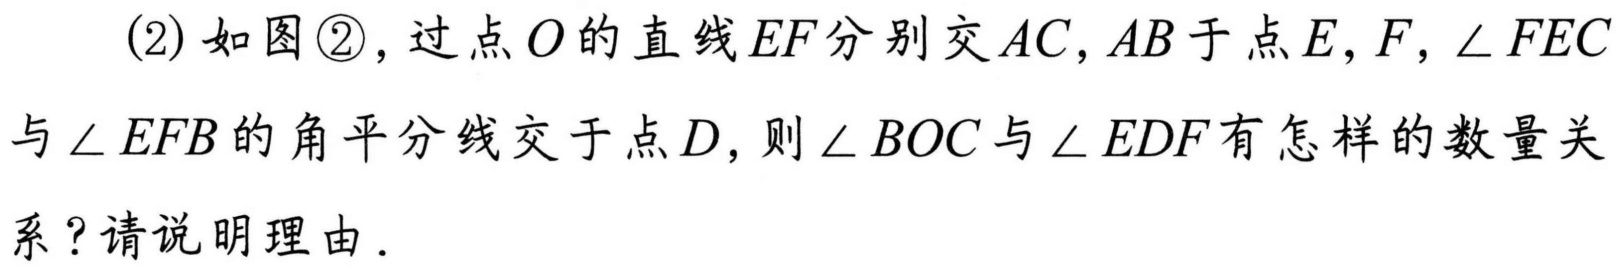
(2) 如图\textcircled{2}，过点\(O\)的直线\(EF\)分别交\(AC\)，\(AB\)于点\(E\)，\(F\)，\(\angle FEC\)
与\(\angle EFB\)的角平分线交于点\(D\)，则\(\angle BOC\)与\(\angle EDF\)有怎样的数量关
系？请说明理由.